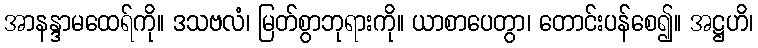
အာနန္ဒာမထေရ်ကို။ ဒသဗလံ၊ မြတ်စွာဘုရားကို။ ယာစာပေတွာ၊ တောင်းပန်စေ၍။ အဋ္ဌဟိ၊